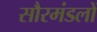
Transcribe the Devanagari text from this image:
सौरमंडलों